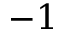
- 1